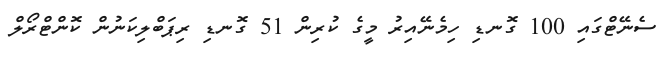
ސެނޭޓްގައި 100 ގޮނޑި ހިމެނޭއިރު މީގެ ކުރިން 51 ގޮނޑި ރިޕަބްލިކަނުން ކޮންޓްރޯލް